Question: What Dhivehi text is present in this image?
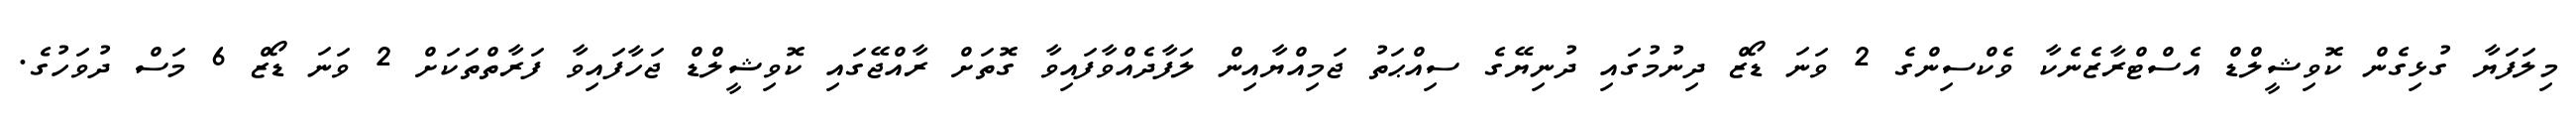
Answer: މިލަފަޔާ ގުޅިގެން ކޮވިޝީލްޑް އެސްޓްރާޒެނެކާ ވެކްސިންގެ 2 ވަނަ ޑޯޒް ދިނުމުގައި ދުނިޔޭގެ ސިއްޙަތު ޖަމިއްޔާއިން ލަފާދެއްވާފައިވާ ގޮތަށް ރާއްޖޭގައި ކޮވިޝީލްޑް ޖަހާފައިވާ ފަރާތްތަކަށް 2 ވަނަ ޑޯޒް 6 މަސް ދުވަހުގެ.